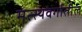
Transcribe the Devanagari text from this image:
मत्स्यवर्गातील